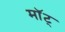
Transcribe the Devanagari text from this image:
माॅट्